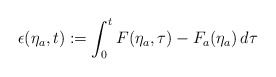
\begin{align*}\epsilon(\eta_a,t) := \int_0^t F(\eta_a,\tau)-F_a(\eta_a) \,d \tau\end{align*}